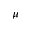
\mu